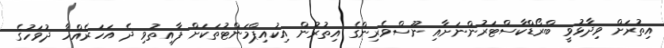
އިތުރަށް ވިދާޅުވީ ބްރޯޑްކާސްޓަރުންނަށާއި ނޫސްވެރިންގެ އިތުރުން އިކުއިޕްމަންޓުތަކަށް ފާއިތުވި ދެ އަހަރެއްހާ ދުވަހުގެ